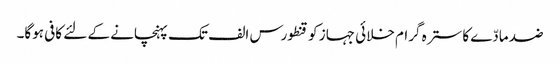
ضد مادّے کا سترہ گرام خلائی جہاز کو قنطورس الف تک پہنچانے کے لئے کافی ہوگا۔